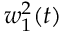
w _ { 1 } ^ { 2 } ( t )